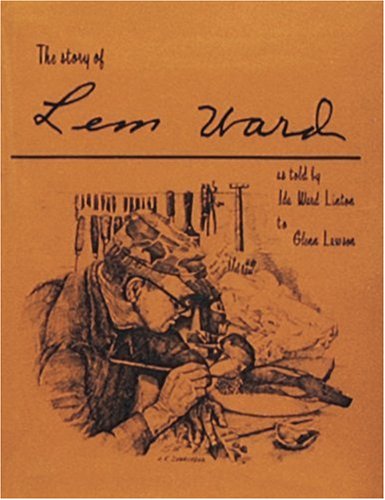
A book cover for The Story of Lem Ward; Glenn Lawson; Biographies & Memoirs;